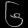
Digit: ၆